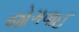
જોગવાઈ